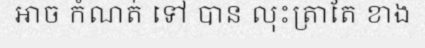
អាច កំណត់ ទៅ បាន លុះត្រាតែ ខាង